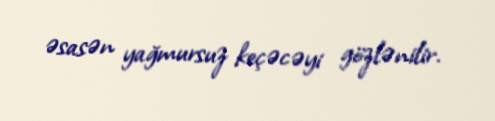
əsasən yağmursuz keçəcəyi gözlənilir.